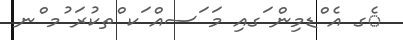
ެގ އެ ްޑމިން ަގއި މަ ަސއް ަކ ްތކުރަ ުމ ްނ